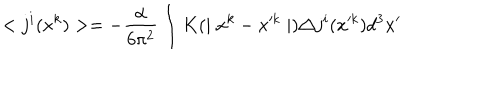
< j ^ { i } ( x ^ { k } ) > = - \frac { \alpha } { 6 \pi ^ { 2 } } \int K ( \mid x ^ { k } - x ^ { k } \mid ) \triangle j ^ { i } ( x ^ { k } ) d ^ { 3 } x ^ { \prime }